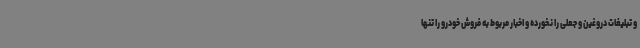
و تبلیغات دروغین و جعلی را نخورده و اخبار مربوط به فروش خودرو را تنها